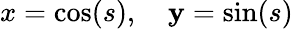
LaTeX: x=\cos(s),\quad\mathbf{y}=\sin(s)